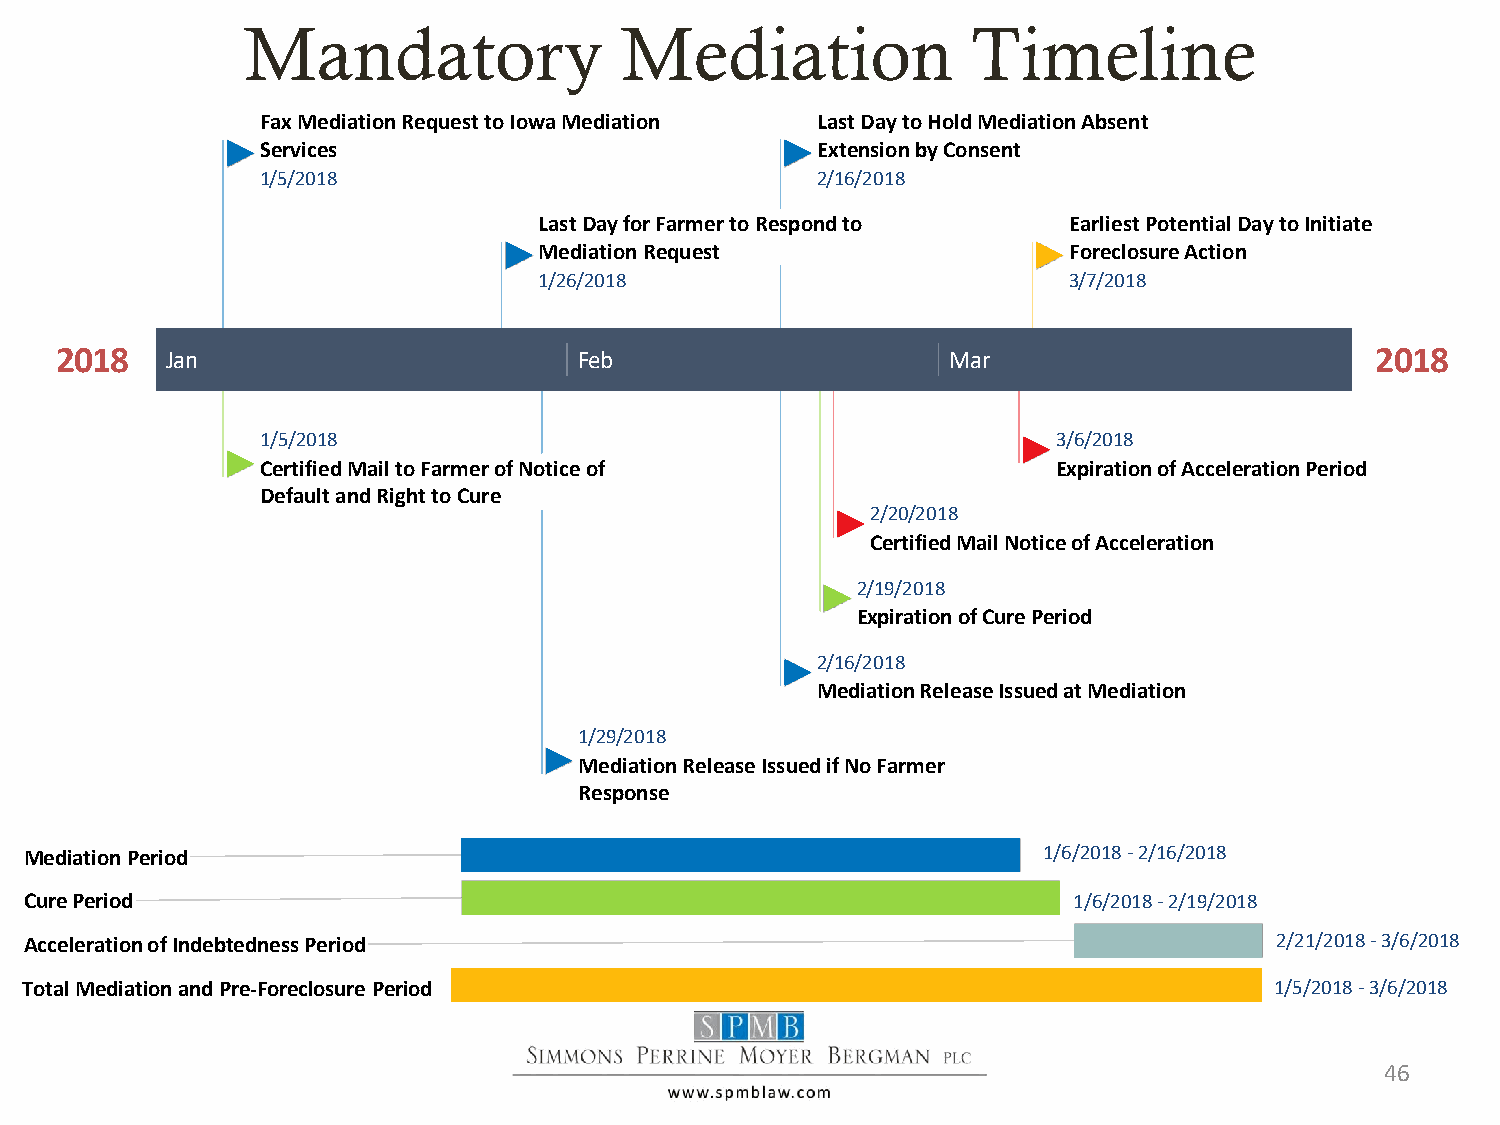
Mandatory                Mediation              Timeline
 Fax Mediation Request to Iowa Mediation Last Day to Hold Mediation Absent
 Services                             Extension by Consent
 1/5/2018                             2/16/2018
 Last Day for Farmer to Respond to  Earliest Potential Day to Initiate
 Mediation Request                  Foreclosure Action
 1/26/2018                          3/7/2018
 2018   Jan                        Feb                      Mar                         2018
 1/5/2018                                             3/6/2018
 Certified Mail to Farmer of Notice of                Expiration of Acceleration Period
 Default and Right to Cure
 2/20/2018
 Certified Mail Notice of Acceleration
 2/19/2018
 Expiration of Cure Period
 2/16/2018
 Mediation Release Issued at Mediation
 1/29/2018
 Mediation Release Issued if No Farmer
 Response
 Mediation Period                                                   1/6/2018 -2/16/2018
 Cure Period                                                          1/6/2018 -2/19/2018
 Acceleration of Indebtedness Period                                               2/21/2018 -3/6/2018
 Total Mediation and Pre-Foreclosure Period                                         1/5/2018 -3/6/2018
 46